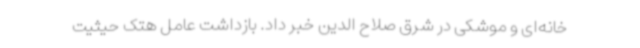
خانه‌ای و موشکی در شرق صلاح الدین خبر داد. بازداشت عامل هتک حیثیت